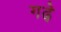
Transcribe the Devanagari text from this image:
गढे़